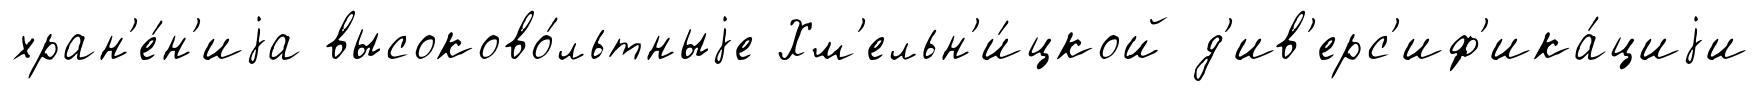
хран'е́н'иjа высоково́льтныjе Хм'ельн'и́цкой д'ив'ерс'иф'ика́циjи